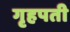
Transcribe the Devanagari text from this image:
गृहपती